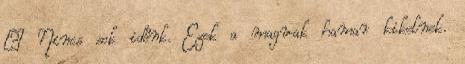
– Nincs sok időnk. Ezek a magvak hamar kikelnek.